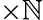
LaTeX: \times\mathbb{N}